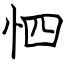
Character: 怬